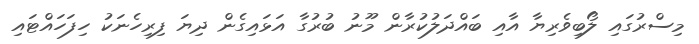
މިސްރުގައި ލޯބިވެރިޔާ އާއި ބައްދަލުކުރާން މޫނު ބުރުގާ އަޅައިގެން ދިޔަ ފިރިހެނަކު ހިފަހައްޓައި